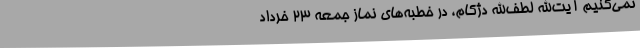
نمی‌کنیم آیت‌الله لطف‌الله دژکام، در خطبه‌های نماز جمعه 23 خرداد